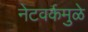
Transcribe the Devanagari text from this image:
नेटवर्कमुळे